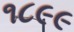
૧૮૯૯